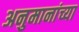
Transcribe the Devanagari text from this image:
अनुमानांच्या